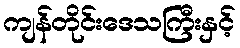
ကျန်တိုင်းဒေသကြီးနှင့်